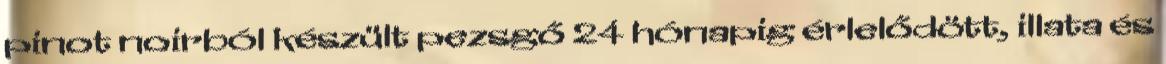
pinot noirból készült pezsgő 24 hónapig érlelődött, illata és